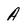
Character: A